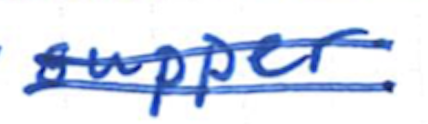
Text: supper
Cross-out: double-line
Writing tool: ballpoint